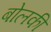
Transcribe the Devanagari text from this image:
बोलकी